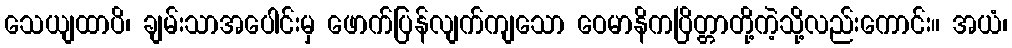
သေယျထာပိ၊ ချမ်းသာအပေါင်းမှ ဖောက်ပြန်လျက်ကျသော ဝေမာနိကပြိတ္တာတို့ကဲ့သို့လည်းကောင်း။ အယံ၊